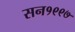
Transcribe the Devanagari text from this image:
सन१९९७